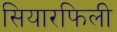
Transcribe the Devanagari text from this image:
सियारफिली